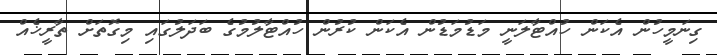
ގިނަމީހުން އެކަން ހުއްޓާލަނީ މަޑުމަޑުން އެކަން ކުރުން ހުއްޓާލުމުގެ ބަދަލުގައި މިގޮތަށް ތާރީޚެއް